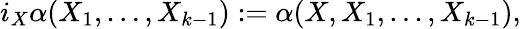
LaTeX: i_{X}\alpha(X_{1},\ldots,X_{k-1}):=\alpha(X,X_{1},\ldots,X_{k-1}),